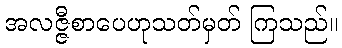
အလဇ္ဇီစာပေဟုသတ်မှတ် ကြသည်။